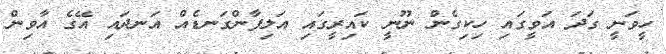
ހީވަނީ ގަދަ އަވީގައި ހިކިގެން ނޫނީ ކައިރީގައި އަލިފާންގަނޑެއް އަނދައި އޭގެ އާވިން